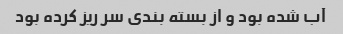
آب شده بود و از بسته بندی سر ریز کرده بود